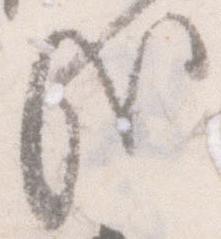
哉